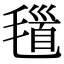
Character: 𣯐